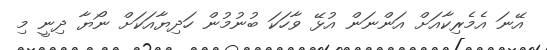
އޭނަ އެމެރިކާއަށް އަންނަން އުޅޭ ވާހަކަ ބުނުމުން ހަދިޔާއަކަށް ނޯޔާ ދިނީ މި